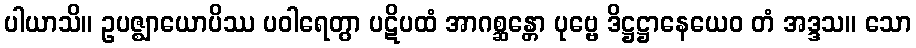
ပါယာသိ။ ဥပဇ္ဈာယောပိဿ ပဝါရေတွာ ပဋိပထံ အာဂစ္ဆန္တော ပုဗ္ဗေ ဒိဋ္ဌဋ္ဌာနေယေဝ တံ အဒ္ဒသ။ သော